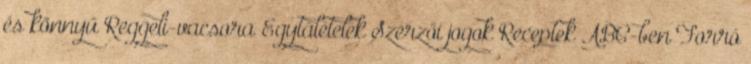
és könnyű Reggeli-vacsora Egytálételek Szerzői jogok Receptek ABC-ben Forró